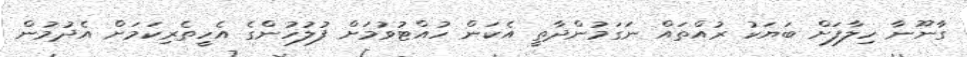
ގާނޫނާ ހިލާފަށް ބަޔަކު ރުއްތައް ނަގަމުންދާތީ އެކަން ހުއްޓުވުމަށް ފުލުހުންގެ އެހީތެރިކަމަށް އެދުމުން